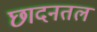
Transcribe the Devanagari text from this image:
छादनतल